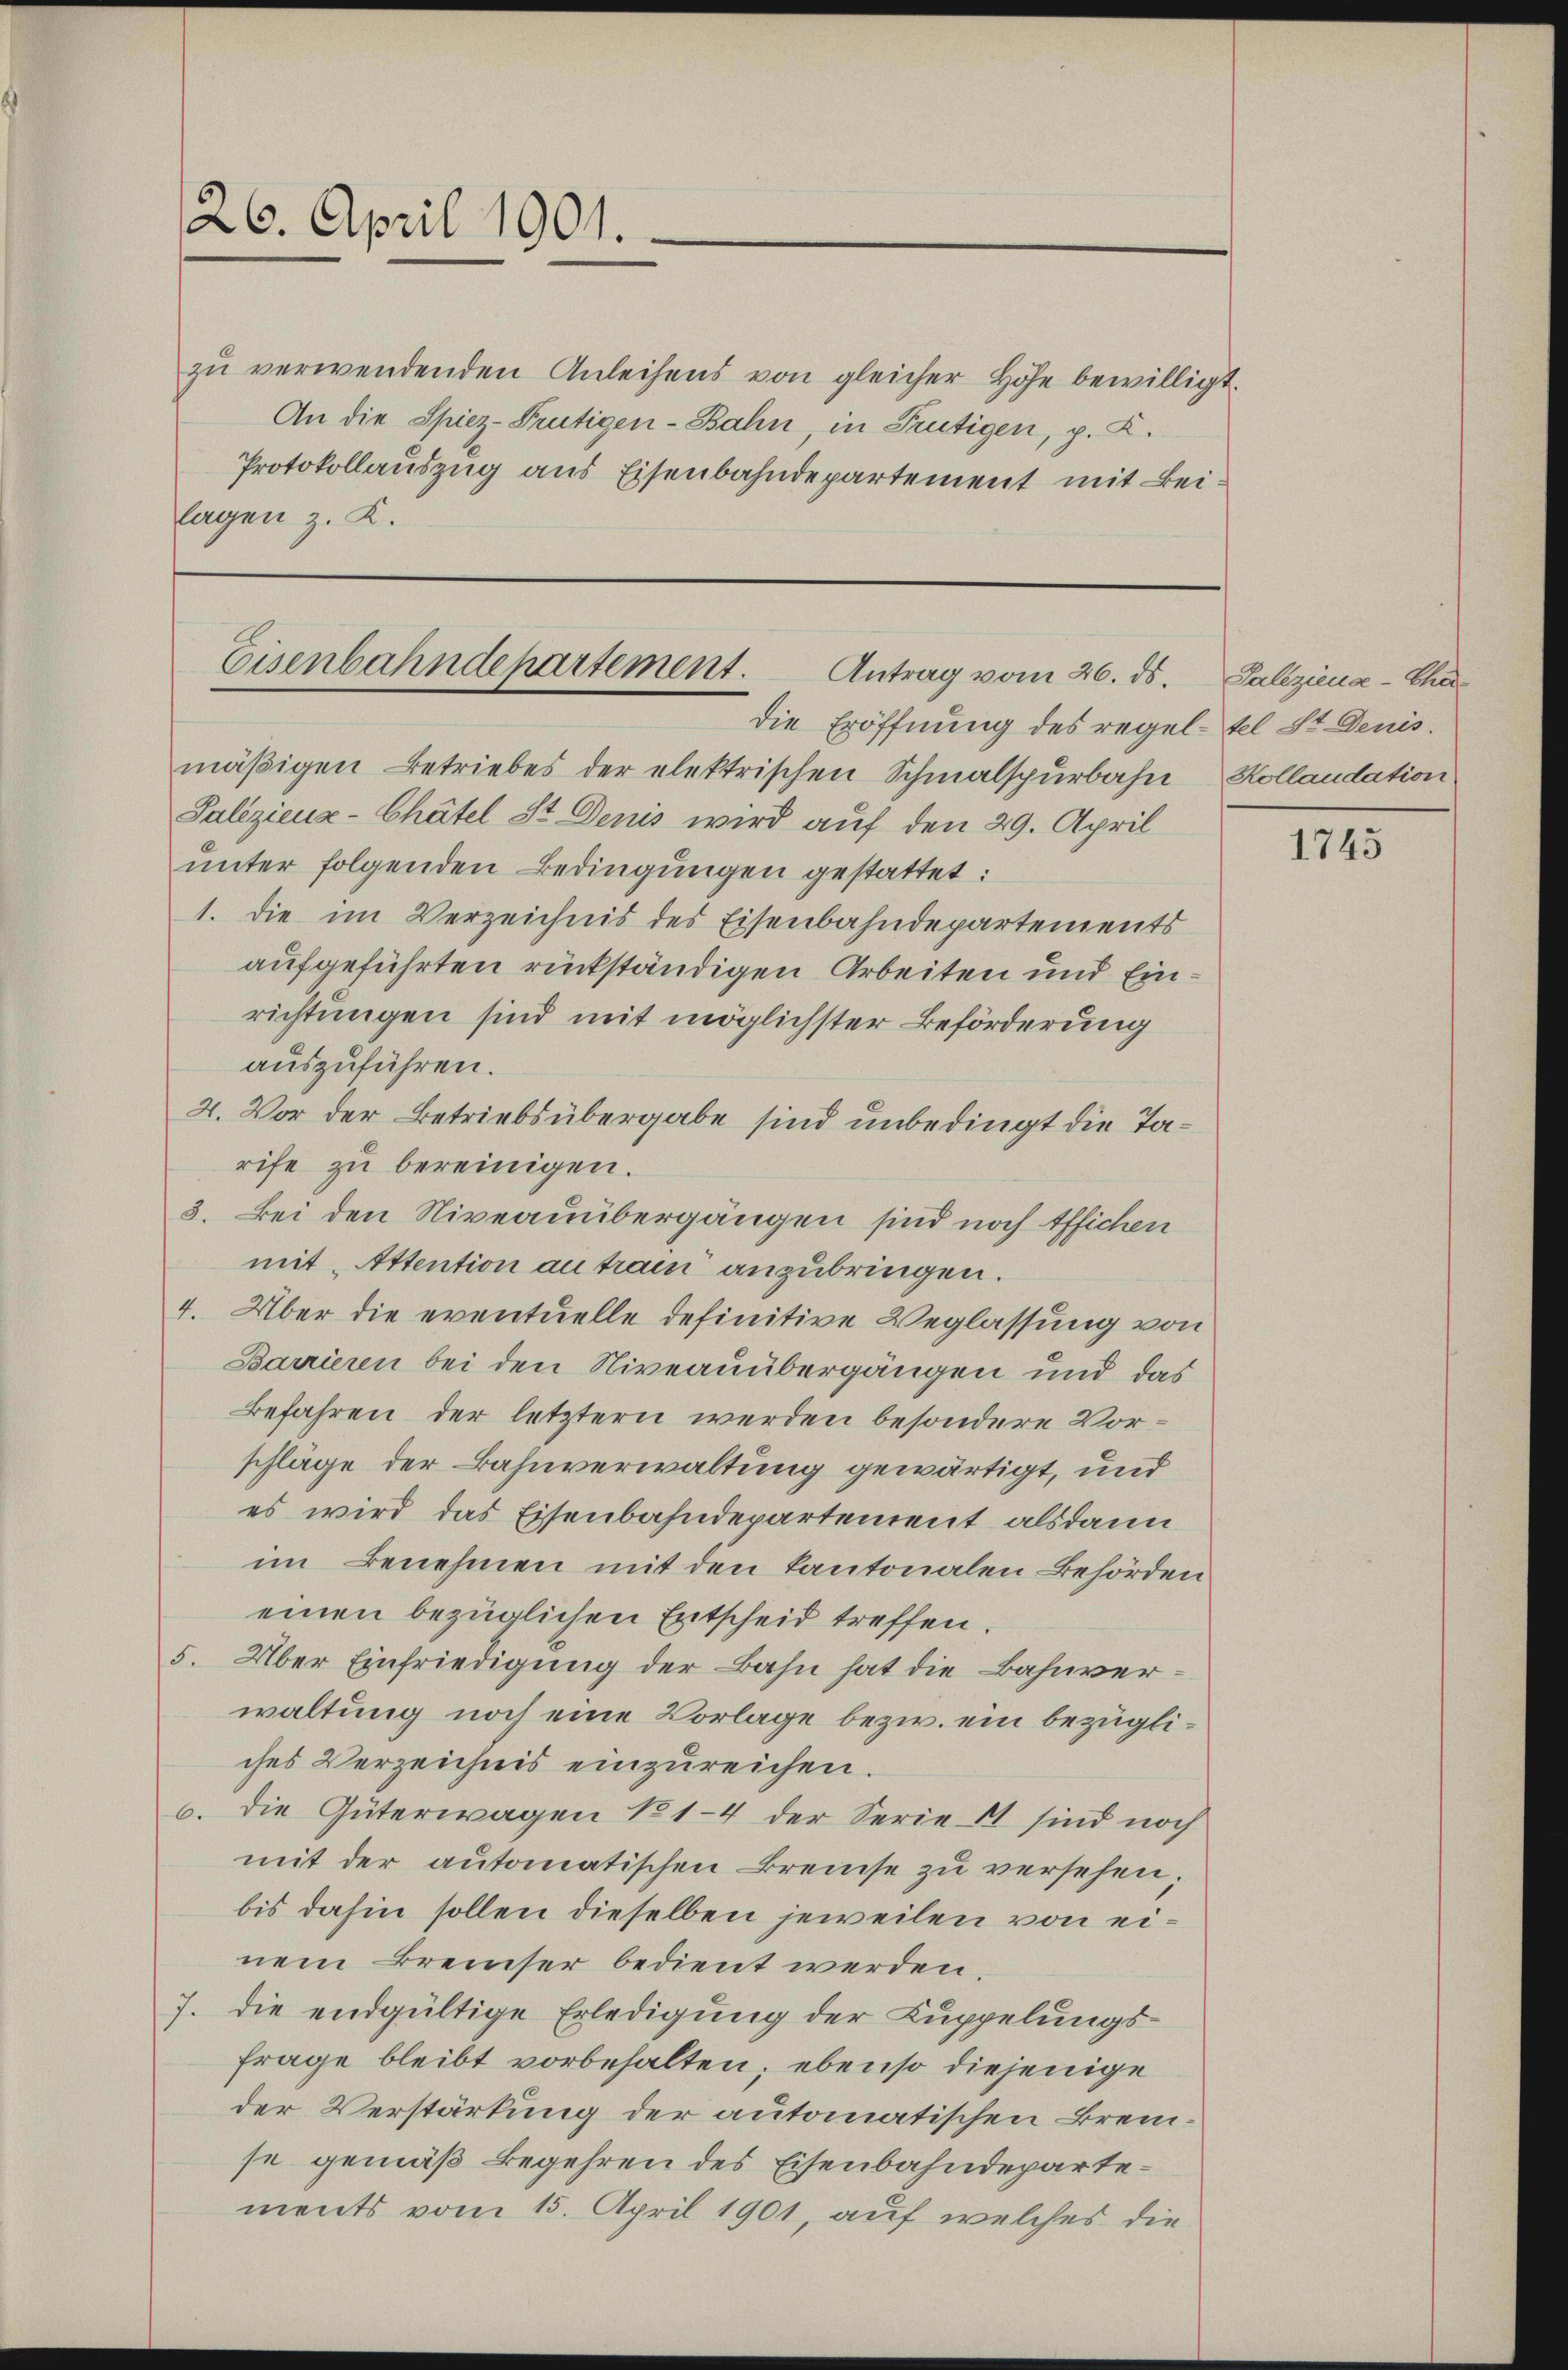
26. April 1901.

zŭ verwendenden Anleihens von gleicher Höhe bewilligt.
An die Spiez-Frutigen-Bahn, in Frutigen, p. K.
Protokollauszug aus Eisenbahndepartement mit Beilagen z. K.

Eisenbahndepartement.
Antrag vom 26. ds.
die Eröffnung des regel-tel St. Denis.

mäßigen Betriebes der elektrischen Schmalspurbahn Kollaudation
Palizienz-Chätel St. Denis wird auf den 29. April
unter folgenden Bedingungen gestattet:
1. die im Verzeichnis des Eisenbahndepartements
aufgeführten rückständigen Arbeiten und Einrichtungen sind mit möglichster Beförderung
auszuführen.
2. Vor der Betriebsübergabe sind unbedingt die Tarife zu bereinigen.
3. Bei den Niveauübergängen sind noch offichen
mit Attention au train anzubringen.
4. Über die eventuelle definitive Weglassung von
Barrieren bei den Niveauübergängen und das
Befahren der letztern werden besondere Vorschläge der Bahnverwaltung gewärtigt, und
es wird das Eisenbahndepartement alsdann
im Benehmen mit den kantonalen Behörden
einen bezüglichen Entscheid treffen.
5. Über Einfriedigung der Bahn hat die Bahnverwaltung noch eine Vorlage bezw. ein bezügliches Verzeichnis einzureichen.
6. die Güterwagen No 1-4 der Serie 11 sind noch
mit der automatischen Breise zu versehen,
bis dahin sollen dieselben jeweilen von einem Breiser bedient werden.
7. die endgültige Erledigung der Kuppelungs¬
Frage bleibt vorbehalten; ebenso diejenige
der Verstärkung der automatischen Bremse gemäß Begehren des Eisenbahndepartements vom 15. April 1901, auf welches die

Galiziena-Cha¬

1745